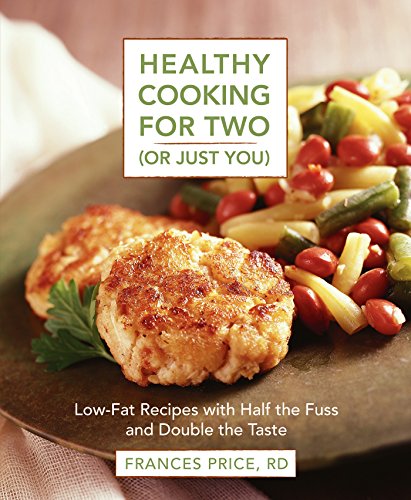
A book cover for Healthy Cooking for Two (or Just You): Low-Fat Recipes with Half the Fuss and Double the Taste; Frances Price; Cookbooks, Food & Wine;